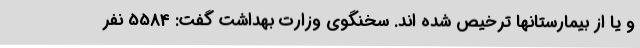
و یا از بیمارستانها ترخیص شده اند. سخنگوی وزارت بهداشت گفت: 5584 نفر